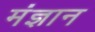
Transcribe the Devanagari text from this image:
मंज्ञान